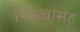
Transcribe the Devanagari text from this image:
भिन्नत्वासह